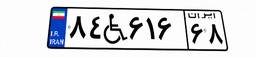
۳۹W۵۱۰۴۴